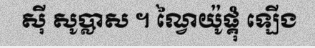
ស៊ី សូប្លាស ។ ណ្វៃយ៉ូផ្គុំ ឡើង